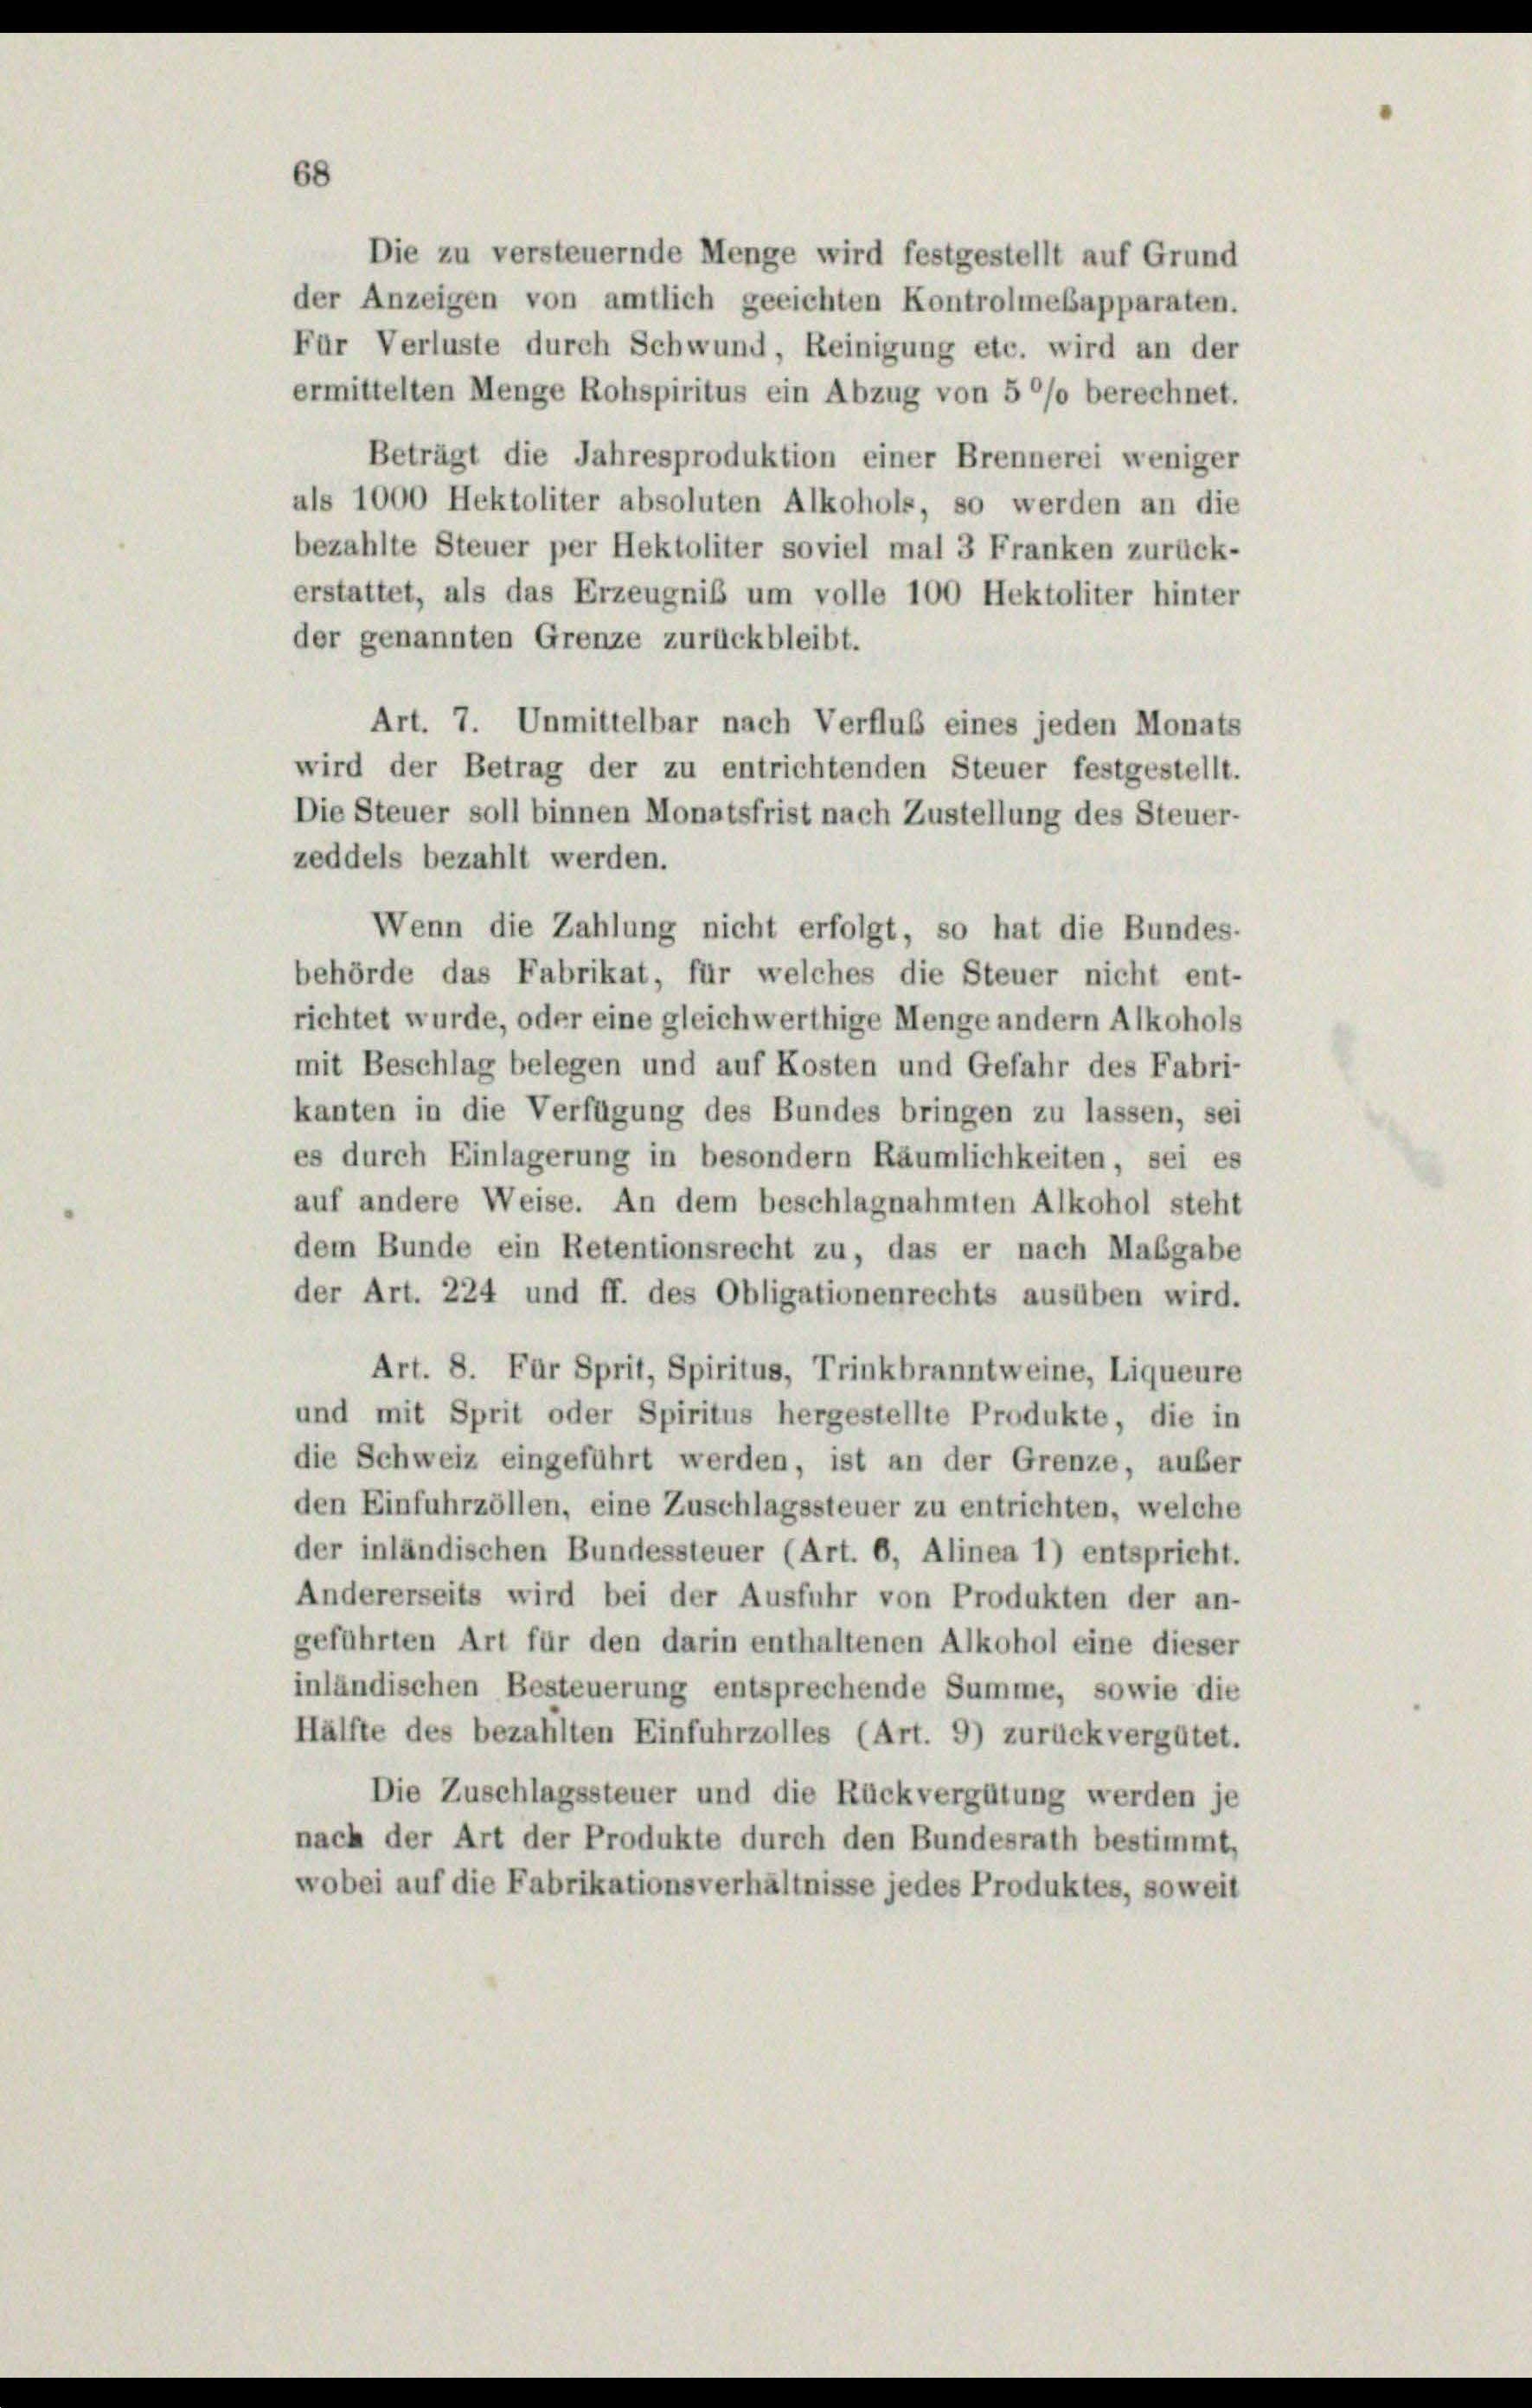
Die zu versteuernde Menge wird festgestellt auf Grund
der Anzeigen von amtlich geeichten Kontrolmesapparaten.
Für Verluste durch Schwund, Reinigung etc. wird an der
ermittelten Menge Rohspiritus ein Abzug von 5 °/o berechnet.
Beträgt die Jahresproduktion einer Brennerei weniger
als 1000 Hektoliter absoluten Alkohols, so werden an die
bezahlte Steuer per Hektoliter soviel mal 3 Franken zurück-
erstattet, als das Erzeugniß um volle 100 Hektoliter hinter
der genannten Grenze zurückbleibt.
Art. 7. Unmittelbar nach Verfluß eines jeden Monats
wird der Betrag der zu entrichtenden Steuer festgestellt.
Die Steuer soll binnen Monatsfrist nach Zustellung des Steuer-
zeddels bezahlt werden.
Wenn die Zahlung nicht erfolgt, so hat die Bundes-
behörde das Fabrikat, für welches die Steuer nicht ent-
richtet wurde, oder eine gleichwerthige Menge andern Alkohols
mit Beschlag belegen und auf Kosten und Gefahr des Fabri-
kanten in die Verfügung des Bundes bringen zu lassen, sei
es durch Einlagerung in besondern Räumlichkeiten, sei es
auf andere Weise. An dem beschlagnahmten Alkohol steht
dem Bunde ein Retentionsrecht zu, das er nach Maßgabe
der Art. 224 und ff. des Obligationenrechts ausüben wird.
Art. 8. Für Sprit, Spiritus, Trinkbranntweine, Liqueure
und mit Sprit oder Spiritus hergestellte Produkte, die in
die Schweiz eingeführt werden, ist an der Grenze, außer
den Einfuhrzöllen, eine Zuschlagssteuer zu entrichten, welche
der inländischen Bundessteuer (Art. 6, Alinea 1) entspricht.
Andererseits wird bei der Ausfuhr von Produkten der an-
geführten Art für den darin enthaltenen Alkohol eine dieser
inländischen Besteuerung entsprechende Summe, sowie die
Hälfte des bezahlten Einfuhrzolles (Art. 9) zurückvergütet.
Die Zuschlagssteuer und die Rückvergütung werden je
nach der Art der Produkte durch den Bundesrath bestimmt,
wobei auf die Fabrikationsverhältnisse jedes Produktes, soweit

68